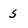
Character: s